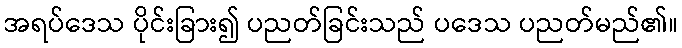
အရပ်ဒေသ ပိုင်းခြား၍ ပညတ်ခြင်းသည် ပဒေသ ပညတ်မည်၏။